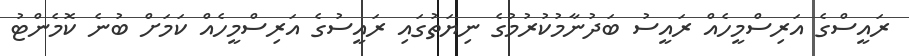
ރައީސްގެ އަރިސްމީހެއް ރައީސު ބަދުނާމުކުރުމުގެ ނިޔަތުގައި ރައީސުގެ އަރިސްމީހެއް ކަމަށް ބުނެ ކޮމެންޓު